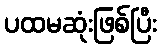
ပထမဆုံးဖြစ်ပြီး